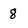
Character: 8